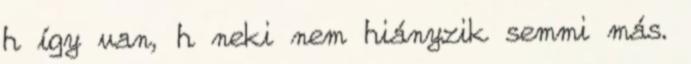
h így van, h neki nem hiányzik semmi más.